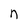
Character: n